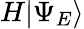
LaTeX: H|\Psi_{E}\rangle